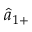
\hat { a } _ { 1 + }